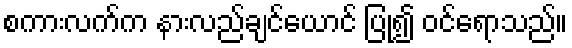
စကားလက်က နားလည်ချင်ယောင် ပြု၍ ဝင်ရောသည်။